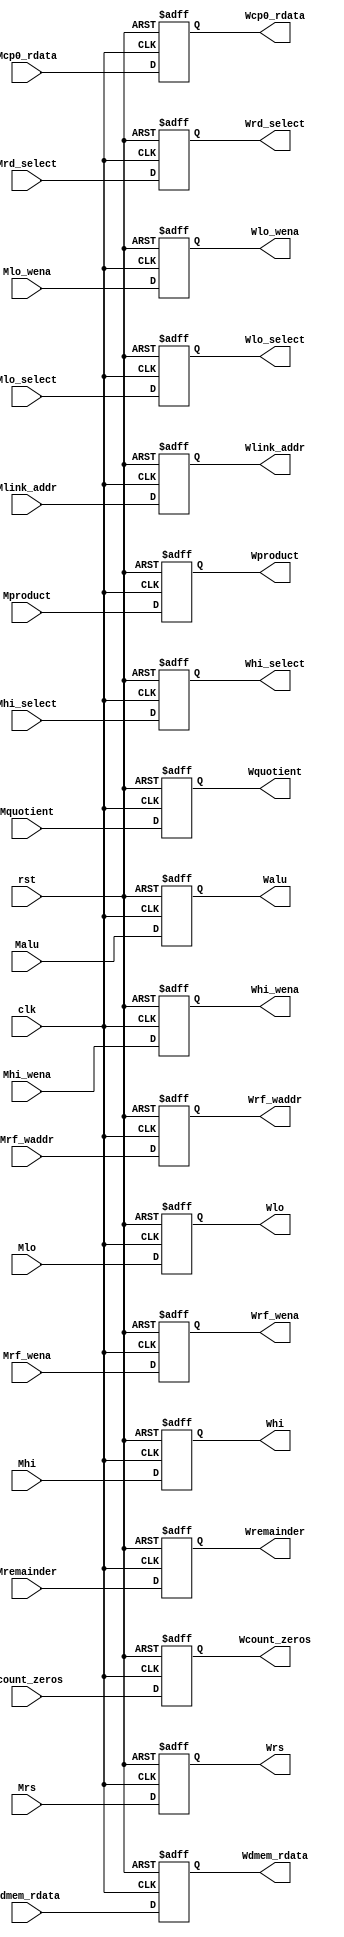
`timescale 1ns / 1ps

// MEM / WB 
module PipeMWreg(
    input clk,
    input rst,
    input [31:0] Malu,
    input [63:0] Mproduct,
    input [31:0] Mquotient,
    input [31:0] Mremainder,
    input [31:0] Mcount_zeros,
    input [31:0] Mhi,
    input [31:0] Mlo,
    input [31:0] Mrs,
    input [31:0] Mdmem_rdata,
    input [31:0] Mcp0_rdata,
    input [31:0] Mlink_addr,
    input [4:0] Mrf_waddr,
    input Mrf_wena,
    input Mhi_wena,
    input Mlo_wena,
    input [1:0] Mhi_select,
    input [1:0] Mlo_select,
    input [2:0] Mrd_select,
    output reg [31:0] Walu,
    output reg [63:0] Wproduct,
    output reg [31:0] Wquotient,
    output reg [31:0] Wremainder,
    output reg [31:0] Wcount_zeros,
    output reg [31:0] Whi,
    output reg [31:0] Wlo,
    output reg [31:0] Wrs,
    output reg [31:0] Wdmem_rdata,
    output reg [31:0] Wcp0_rdata,
    output reg [31:0] Wlink_addr,
    output reg [4:0] Wrf_waddr,
    output reg Wrf_wena,
    output reg Whi_wena,
    output reg Wlo_wena,
    output reg [1:0] Whi_select,
    output reg [1:0] Wlo_select,
    output reg [2:0] Wrd_select
);

    always @ (posedge clk or posedge rst)
    begin
        if (rst == 1)
        begin
            Walu <= 0;
            Wproduct <= 0;
            Wquotient <= 0;
            Wremainder <= 0;
            Wcount_zeros <= 0;
            Whi <= 0;
            Wlo <= 0;
            Wrs <= 0;
            Wdmem_rdata <= 0;
            Wcp0_rdata <= 0;
            Wlink_addr <= 0;
            Wrf_waddr <= 0;
            Wrf_wena <= 0;
            Whi_wena <= 0;
            Wlo_wena <= 0;
            Whi_select <= 0;
            Wlo_select <= 0;
            Wrd_select <= 0;
        end
        else
        begin
            Walu <= Malu;
            Wproduct <= Mproduct;
            Wquotient <= Mquotient;
            Wremainder <= Mremainder;
            Wcount_zeros <= Mcount_zeros;
            Whi <= Mhi;
            Wlo <= Mlo;
            Wrs <= Mrs;
            Wdmem_rdata <= Mdmem_rdata;
            Wcp0_rdata <= Mcp0_rdata;
            Wlink_addr <= Mlink_addr;
            Wrf_waddr <= Mrf_waddr;
            Wrf_wena <= Mrf_wena;
            Whi_wena <= Mhi_wena;
            Wlo_wena <= Mlo_wena;
            Whi_select <= Mhi_select;
            Wlo_select <= Mlo_select;
            Wrd_select <= Mrd_select;
        end
    end

endmodule